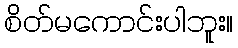
စိတ်မကောင်းပါဘူး။